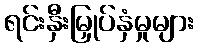
ရင်းနှီးမြှုပ်နှံမှုများ